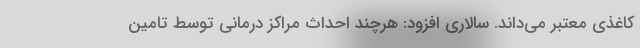
کاغذی معتبر می‌داند. سالاری افزود: هرچند احداث مراکز درمانی توسط تامین